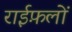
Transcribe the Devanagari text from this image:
राईफ़लों